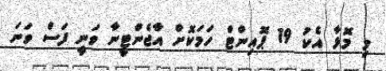
މި މޮޅާ އެކު 19 ޕޮއިންޓް ހަމަކޮށް އާޖެންޓީނާ ވަނީ ފަސް ވަނަ